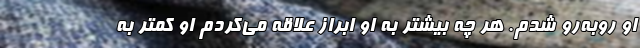
او رو‌به‌رو شدم. هر چه بیشتر به او ابراز علاقه می‌کردم او کمتر به